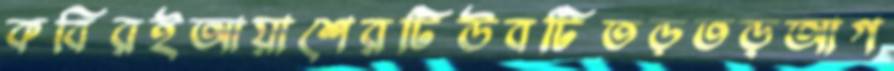
কবিরইআয়াশেরটিউবটিতড়তড়আগ